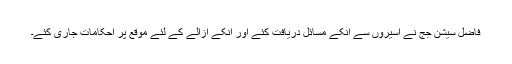
فاضل سیشن جج نے اسیروں سے انکے مسائل دریافت کئے اور انکے ازالے کے لئے موقع پر احکامات جاری کئے۔